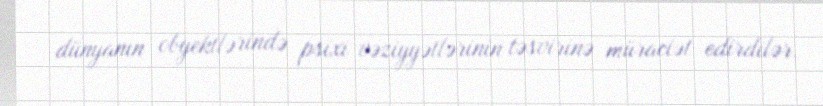
dünyanın obyektlərində psixi vəziyyətlərinin təsvirinə müraciət edirdilər.